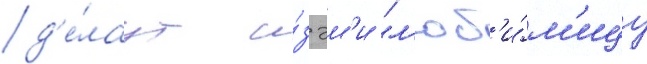
д'е́лаут и́з эм'и "л'юб'и́м'ицу